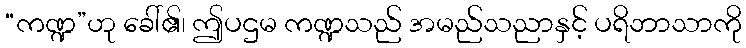
“ကဏ္ဍ”ဟု ခေါ်၏၊ ဤပဌမ ကဏ္ဍသည် အမည်သညာနှင့် ပရိဘာသာကို